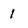
Character: 1